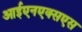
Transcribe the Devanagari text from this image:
आईएनएक्सएस